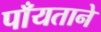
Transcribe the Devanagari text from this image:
पाँयताने